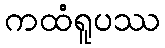
ကထံရူပဿ